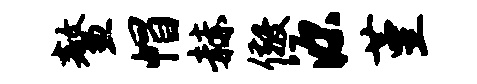
鳌帽赫儆源堇